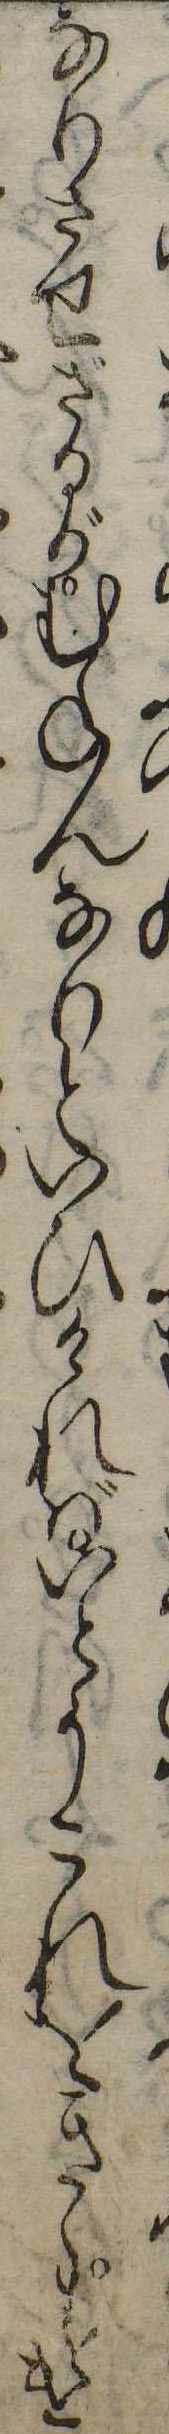
なりさせざるがむねんなりといひければいとうこれをきゝすけ